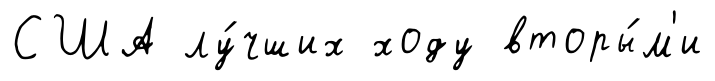
США лу́чших ходу вторы́м'и